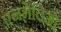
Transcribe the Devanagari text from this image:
एनमेदिओ